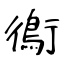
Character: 鵆